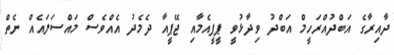
ދާއިރާގެ އަބްދުއްރަހީމް އަބްދު ވިދާޅުވީ ޕީޕީއެމާއި ޖޭޕީއާ ދެމެދު އެއްވެސް މައްސަލައެއް ނެތް